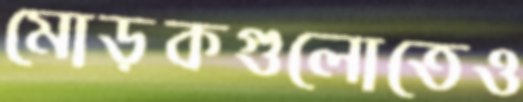
মোড়কগুলোতেও